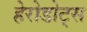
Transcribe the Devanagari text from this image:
हेरोडोट्स